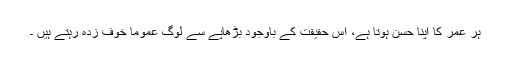
ہر عمر کا اپنا حسن ہوتا ہے، اس حقیقت کے باوجود بڑھاپے سے لوگ عموماً خوف زدہ رہتے ہیں ۔